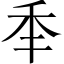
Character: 𥝝